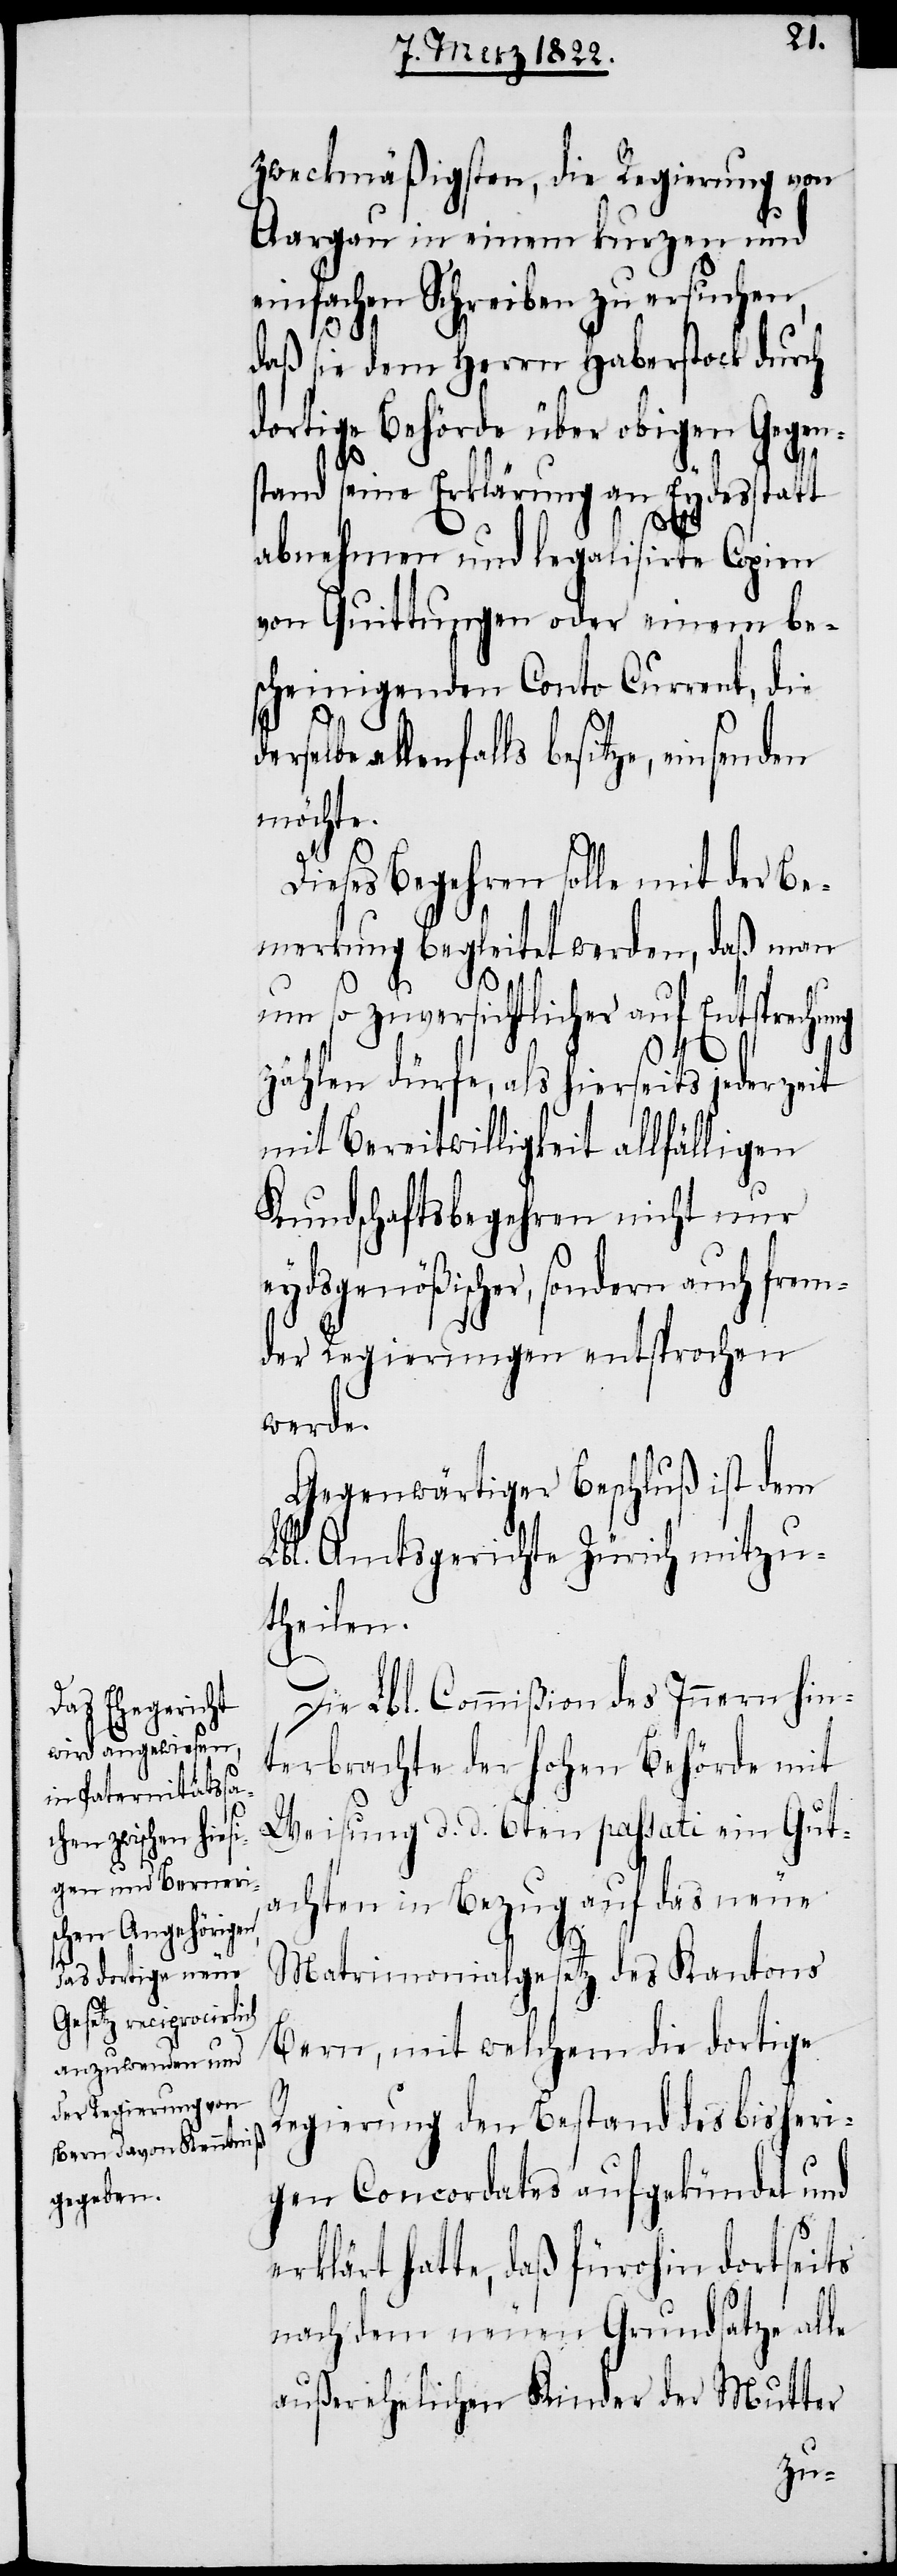
zweckmäßigsten, die Regierung von
Aargau in einem kurzen und
einfachen Schreiben zu ersuchen,
daß sie dem Herrn Haberstock durch
dortige Behörde über obigen Gegen¬
stand seine Erklärung an Eydesstatt
abnehmen und legalisierte Copien
von Quittungen oder einem be¬
scheinigenden Conto Current, die
der¬
selbe allenfalls besitze, einsende
möchte.
Dieses Begehren solle mit der Be¬
merkung begleitet werden, Daß man
um so zuversichtlicher auf Entsprechung
zählen dürfe, als hierseits jederzeit
mit Bereitwilligkeit allfälligen
Kundschaftsbegehren nicht nur
eydsgenößischer, sondern auch frem¬
der Regierungen entsprochen
werde.
Gegenwärtiger Beschluß ist dem
Lbl. Amtsgerichte Zürich mitzu¬
theilen.
Die Lbl. Commißion des Innern hin¬
terbrachte der hohen Behörde mit
Weisung d. d. 6ten passati ein Gut¬
achten in Bezug auf das neue
Matrimonialgesetz des Kantons
Bern, mit welchem die dortige
Regierung den Bestand des bisheri¬
gen Concordates aufgekündet und
erklärt hatte, daß fürohin dortseits
nah dem neuen Grundsatze alle
außerehelichen Kinder der Mutter